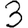
Digit: 3